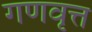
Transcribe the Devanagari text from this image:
गणवृत्त